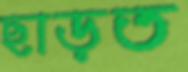
ছাড়ত